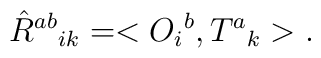
\hat{R}^{ab}{}_{ik} = <O_{i}{}^{b} , T^{a}{}_{k}>.